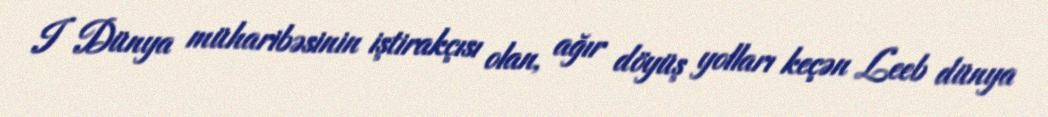
I Dünya müharibəsinin iştirakçısı olan, ağır döyüş yolları keçən Leeb dünya